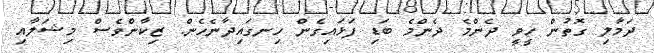
ދަމާލި ގޮތުން ހީވީ ދެންމެ ދެންމެ ބަޑި ފަޅައިގެން ހިނގައިދާނެހެން. ޒިކާންވެސް މިޝަލާއި